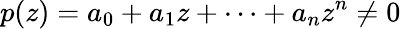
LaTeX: p(z)=a_{0}+a_{1}z+\cdots+a_{n}z^{n}\neq 0